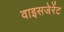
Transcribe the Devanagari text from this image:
वाइसजेरेंट